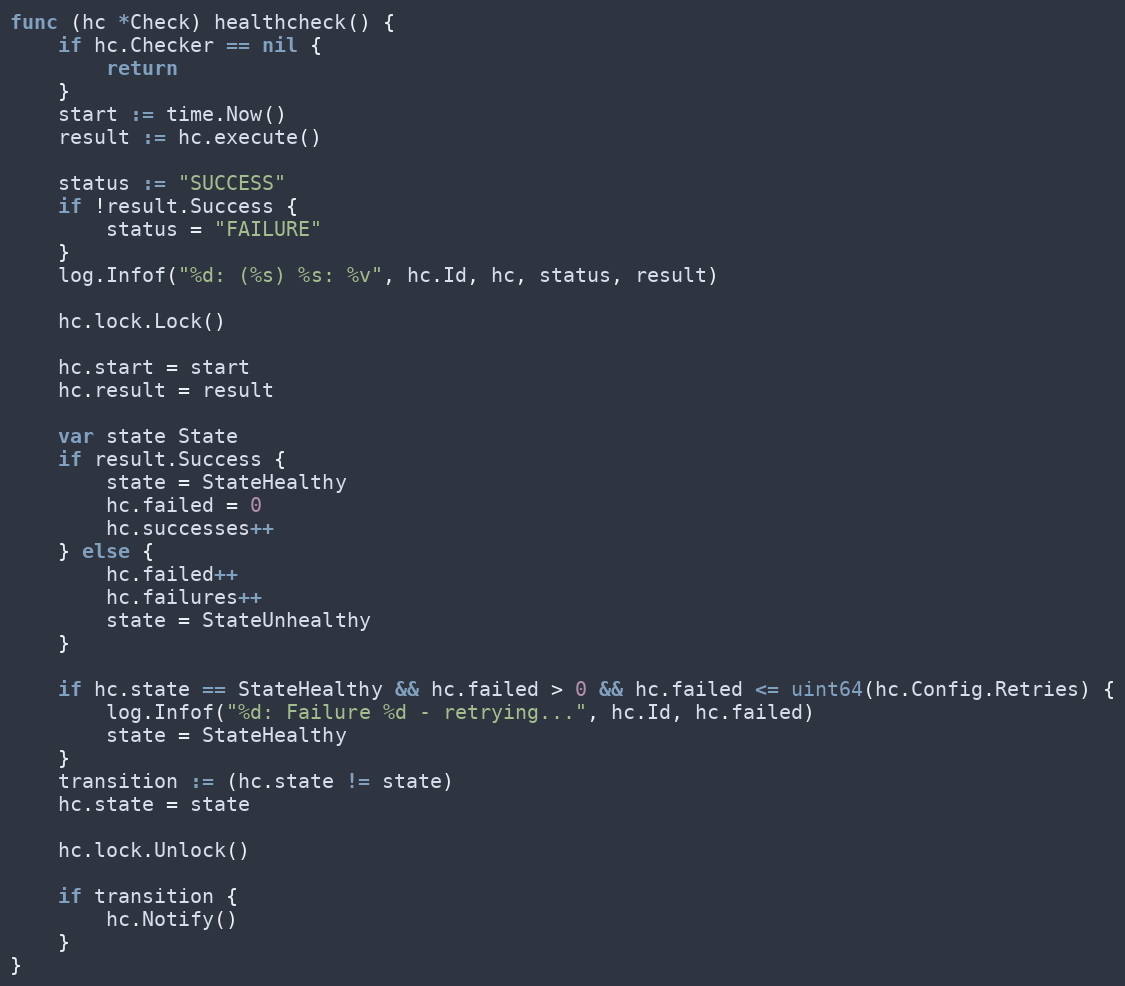
Language: Go
func (hc *Check) healthcheck() {
	if hc.Checker == nil {
		return
	}
	start := time.Now()
	result := hc.execute()

	status := "SUCCESS"
	if !result.Success {
		status = "FAILURE"
	}
	log.Infof("%d: (%s) %s: %v", hc.Id, hc, status, result)

	hc.lock.Lock()

	hc.start = start
	hc.result = result

	var state State
	if result.Success {
		state = StateHealthy
		hc.failed = 0
		hc.successes++
	} else {
		hc.failed++
		hc.failures++
		state = StateUnhealthy
	}

	if hc.state == StateHealthy && hc.failed > 0 && hc.failed <= uint64(hc.Config.Retries) {
		log.Infof("%d: Failure %d - retrying...", hc.Id, hc.failed)
		state = StateHealthy
	}
	transition := (hc.state != state)
	hc.state = state

	hc.lock.Unlock()

	if transition {
		hc.Notify()
	}
}